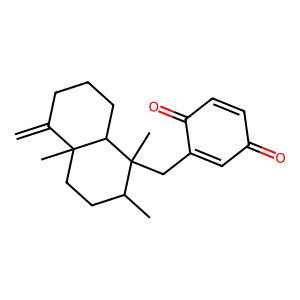
SMILES: C=C1CCCC2C1(C)CCC(C)C2(C)CC1=CC(=O)C=CC1=O
Inhibits HIV replication: No